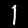
Label: 1